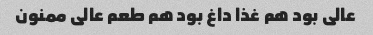
عالی بود هم غذا داغ بود هم طعم عالی ممنون